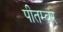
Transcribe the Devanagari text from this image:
पीतम्बर